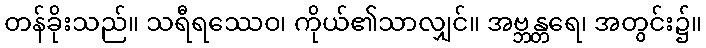
တန်ခိုးသည်။ သရီရဿေဝ၊ ကိုယ်၏သာလျှင်။ အဗ္ဘန္တရေ၊ အတွင်း၌။